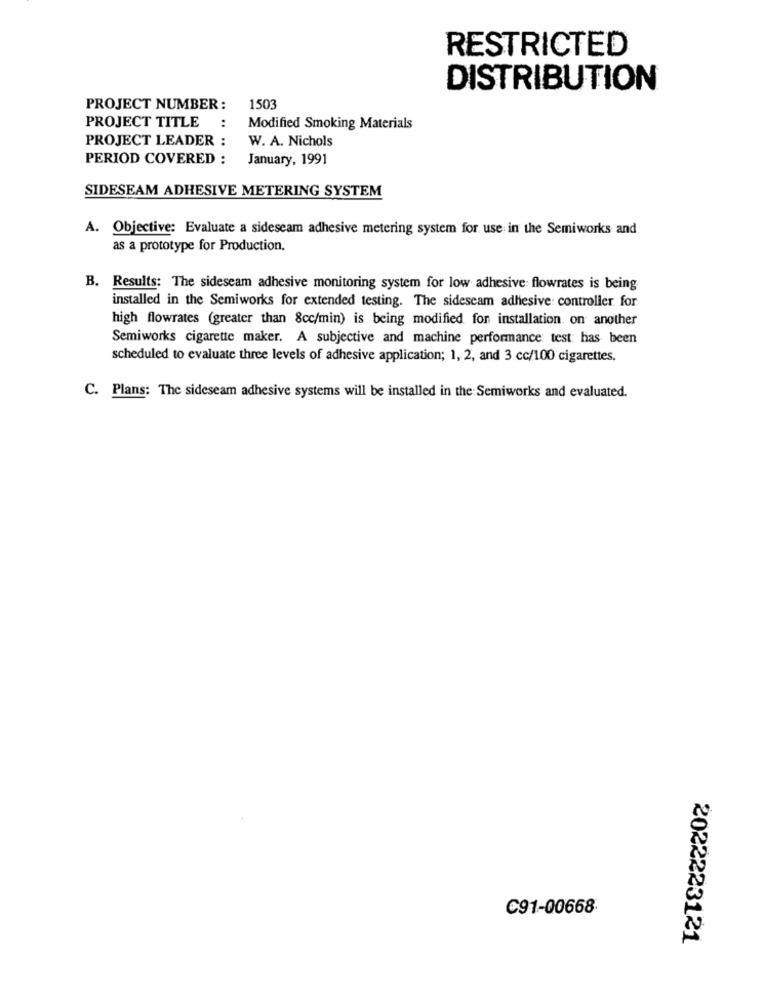
RESTRICTED
DISTRIBUTION
PROJECT NUMBER :
1503
PROJECT TITLE
:
Modified Smoking Materials
PROJECT LEADER :
W. A. Nichols
PERIOD COVERED :
January, 1991
SIDESEAM ADHESIVE METERING SYSTEM
A. Objective: Evaluate a sideseam adhesive metering system for use in the Semiworks and
as a prototype for Production.
B. Results: The sideseam adhesive monitoring system for low adhesive: flowrates is being
installed in the Semiworks for extended testing. The sidescam adhesive: controller for.
high flowrates (greater than 8cc/min) is being modified for installation. on another
Semiworks cigarette maker. A subjective and machine performance test has been
scheduled to evaluate three levels of adhesive application; 1, 2, and 3 cc/100 cigarettes.
C. Plans: The sideseam adhesive systems will be installed in the Semiworks and evaluated.
C91-00668
2022223121